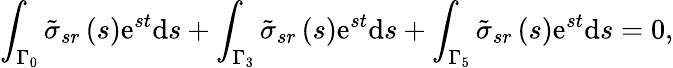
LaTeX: \int_{\Gamma_{0}}\tilde{\sigma}_{sr}\left(s\right)\mathrm{e}^{st}\mathrm{d}s+\int_{\Gamma_{3}}\tilde{\sigma}_{sr}\left(s\right)\mathrm{e}^{st}\mathrm{d}s+\int_{\Gamma_{5}}\tilde{\sigma}_{sr}\left(s\right)\mathrm{e}^{st}\mathrm{d}s=0,